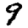
Digit: 9